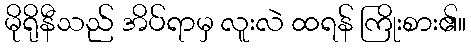
မိုရိုနီသည် အိပ်ရာမှ လူးလဲ ထရန် ကြိုးစား၏။